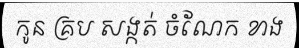
កូន គ្រប សង្កត់ ចំណែក ខាង